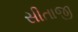
સીતાજી